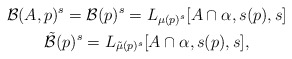
\begin{gather*}\mathcal{B}(A,p)^{s}=\mathcal{B}(p)^{s} = L_{\mu(p)^s}[A\cap\alpha, s(p), s]\\\mathcal{\tilde B}(p)^s = L_{\tilde\mu(p)^s}[A\cap\alpha, s(p), s],\end{gather*}